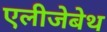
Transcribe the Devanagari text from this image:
एलीजेबेथ